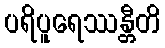
ပရိပူရေဿန္တီတိ